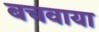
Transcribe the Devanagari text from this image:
बचवाया